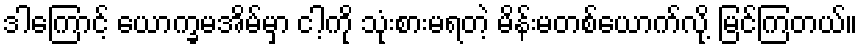
ဒါကြောင့် ယောက္ခမအိမ်မှာ ငါ့ကို သုံးစားမရတဲ့ မိန်းမတစ်ယောက်လို့ မြင်ကြတယ်။